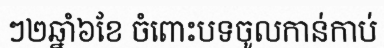
ៗ២ឆ្នាំ៦ខែ ចំពោះបទចូលកាន់កាប់